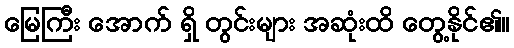
မြေကြီး အောက် ရှိ တွင်းများ အဆုံးထိ တွေ့နိုင်၏။